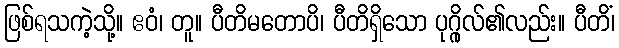
ဖြစ်ရသကဲ့သို့။ ဧဝံ၊ တူ။ ပီတိမတောပိ၊ ပီတိရှိသော ပုဂ္ဂိုလ်၏လည်း။ ပီတိံ၊